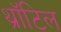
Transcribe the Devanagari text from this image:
थ्रॉटिल